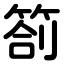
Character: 箚